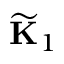
\widetilde { \mathbf { K } } _ { 1 }